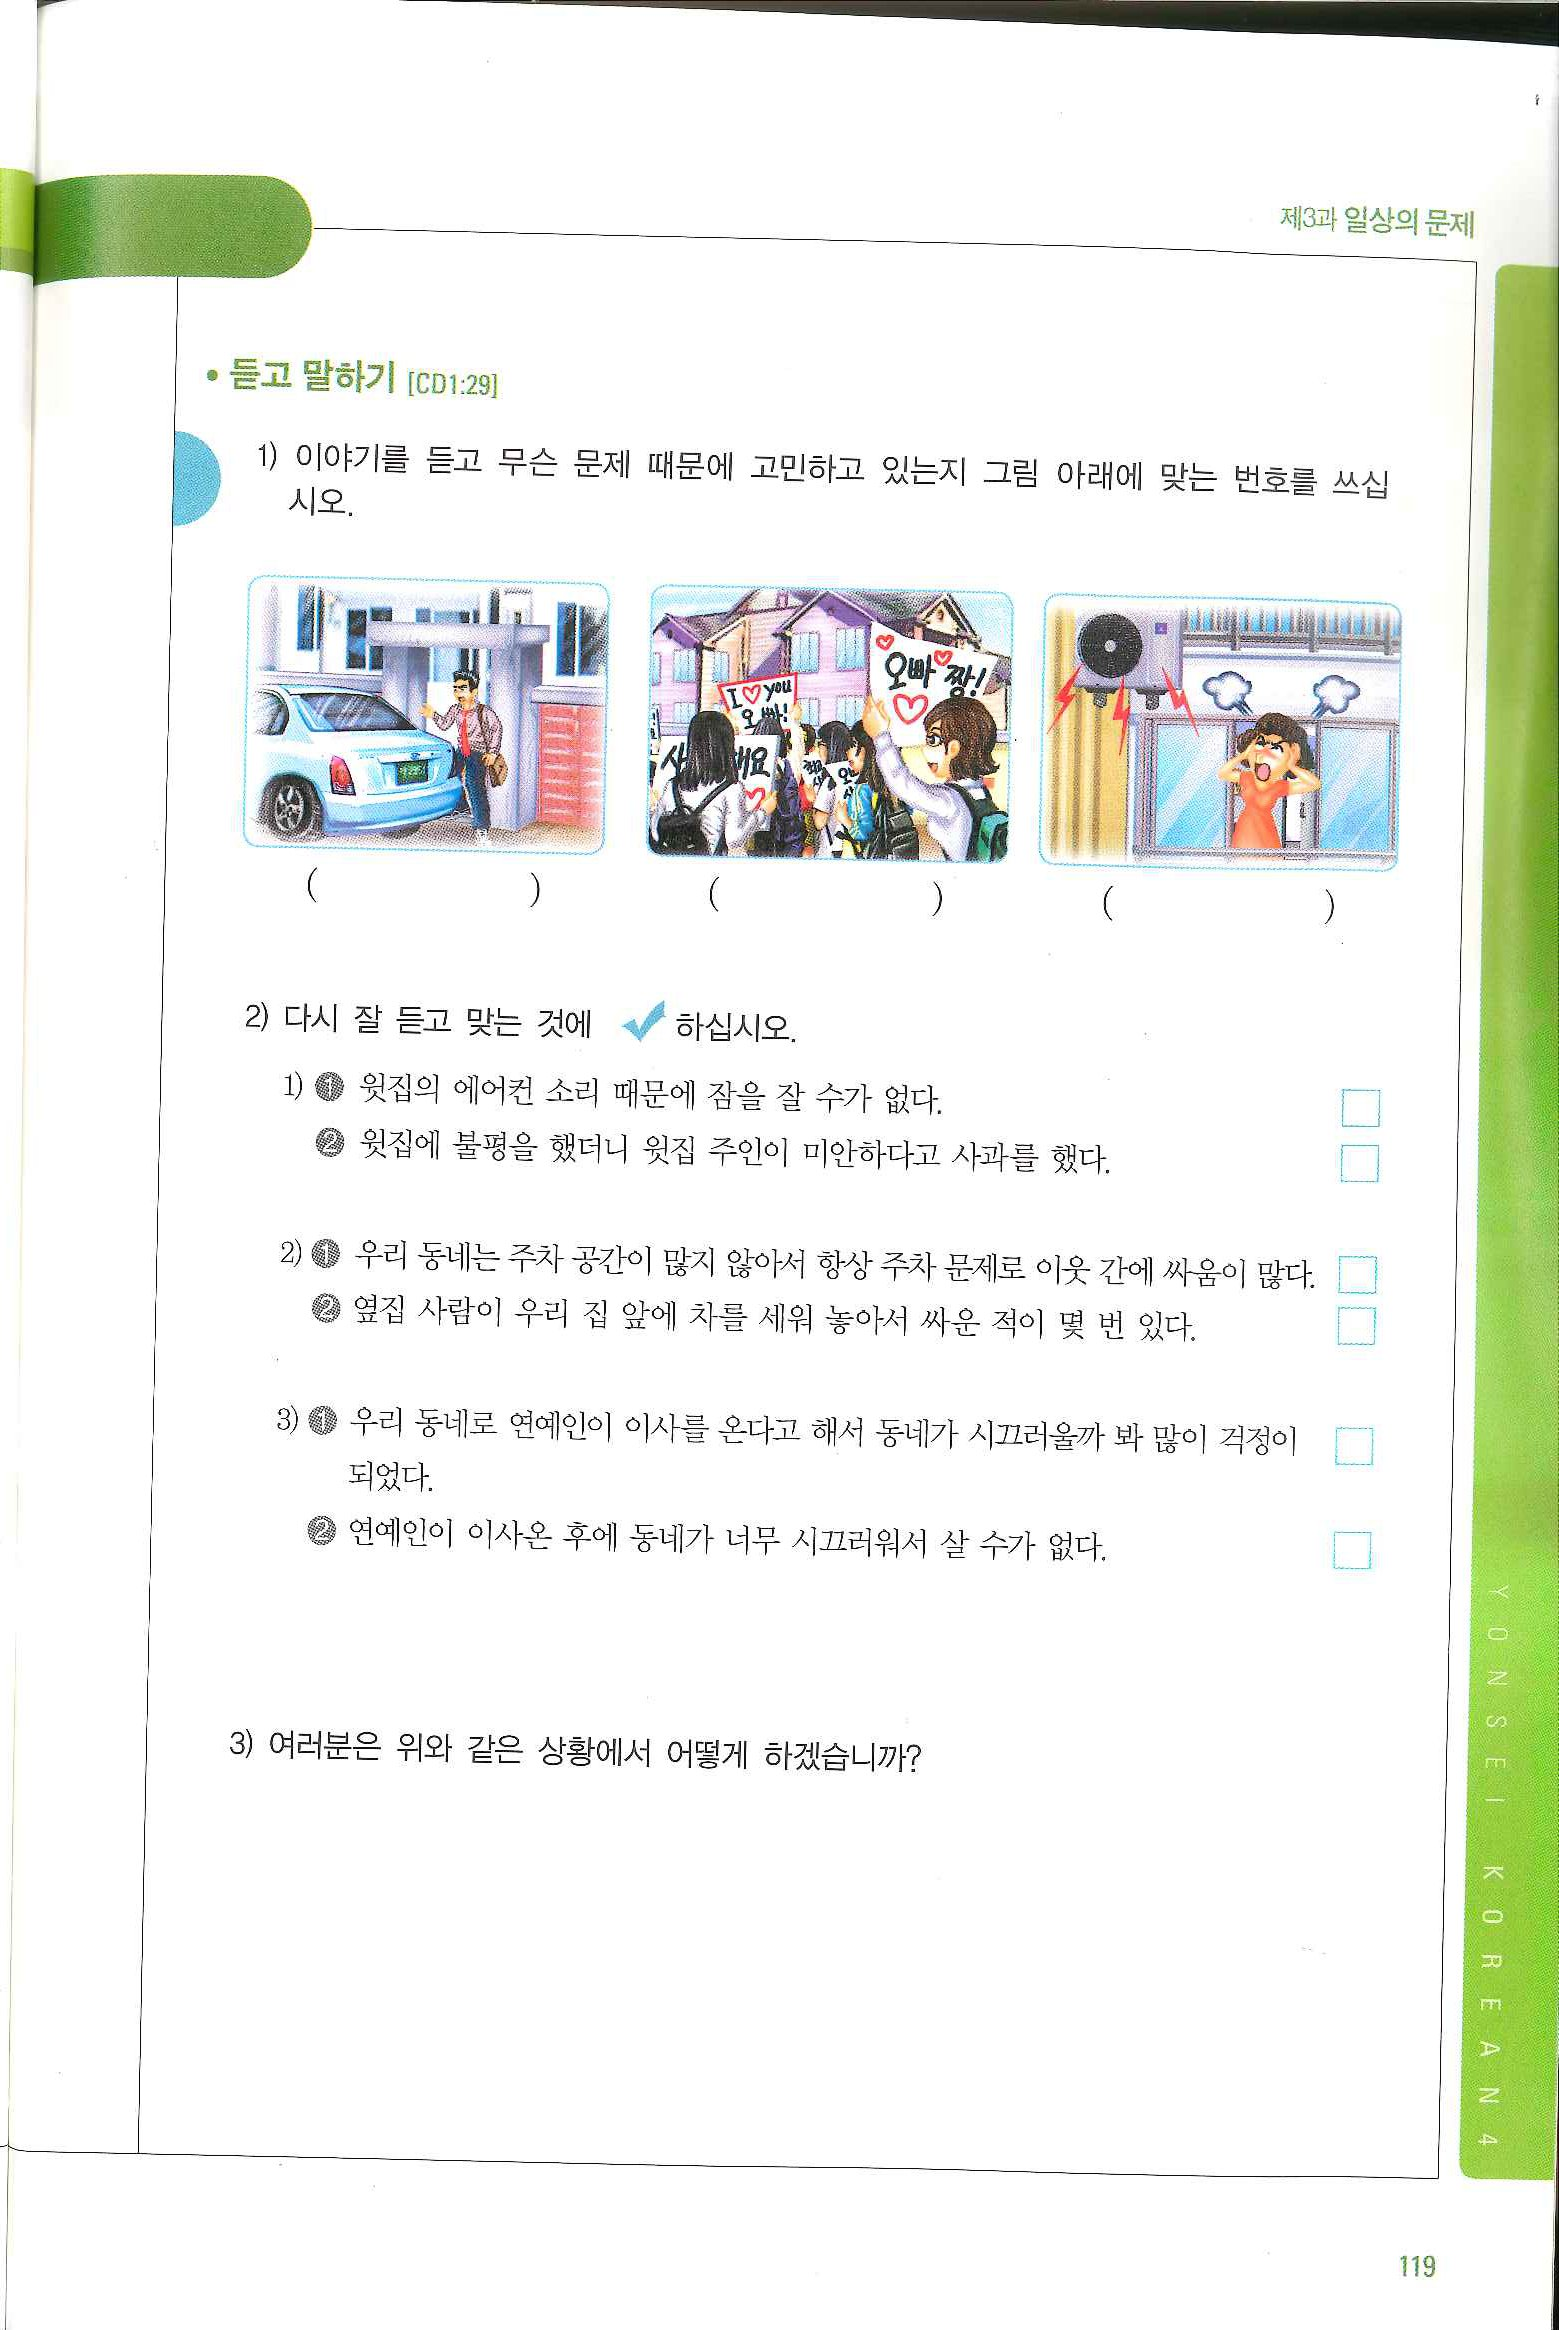
Language: ko